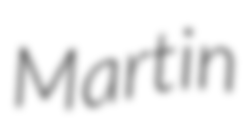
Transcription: Martin